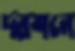
দরশনে